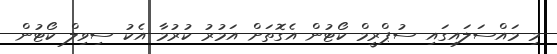
މި މައްސަލައިގައި ސުޕްރީމް ކޯޓުން އެގޮތަށް އަމުރު ކުރުމާ އެކު ސިވިލް ކޯޓުން